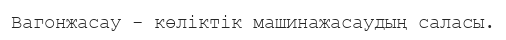
Вагонжасау - көліктік машинажасаудың саласы.